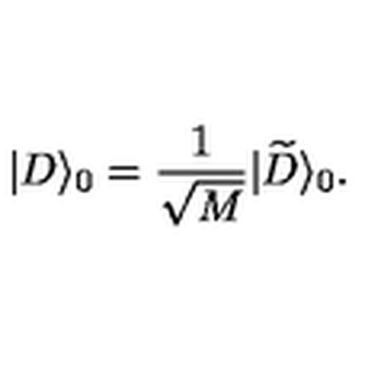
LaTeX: | D \rangle _ { 0 } = { \frac { 1 } { \sqrt { M } } } | { \widetilde D } \rangle _ { 0 } .